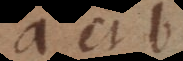
a et b.